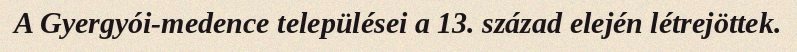
A Gyergyói-medence települései a 13. század elején létrejöttek.